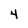
Character: 4